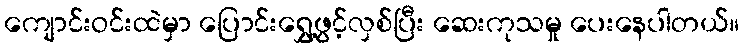
ကျောင်းဝင်းထဲမှာ ပြောင်းရွှေ့ဖွင့်လှစ်ပြီး ဆေးကုသမှု ပေးနေပါတယ်။